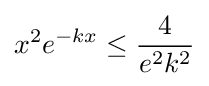
x^{2}e^{-kx}\leq {\frac {4}{e^{2}k^{2}}}